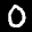
Label: 0